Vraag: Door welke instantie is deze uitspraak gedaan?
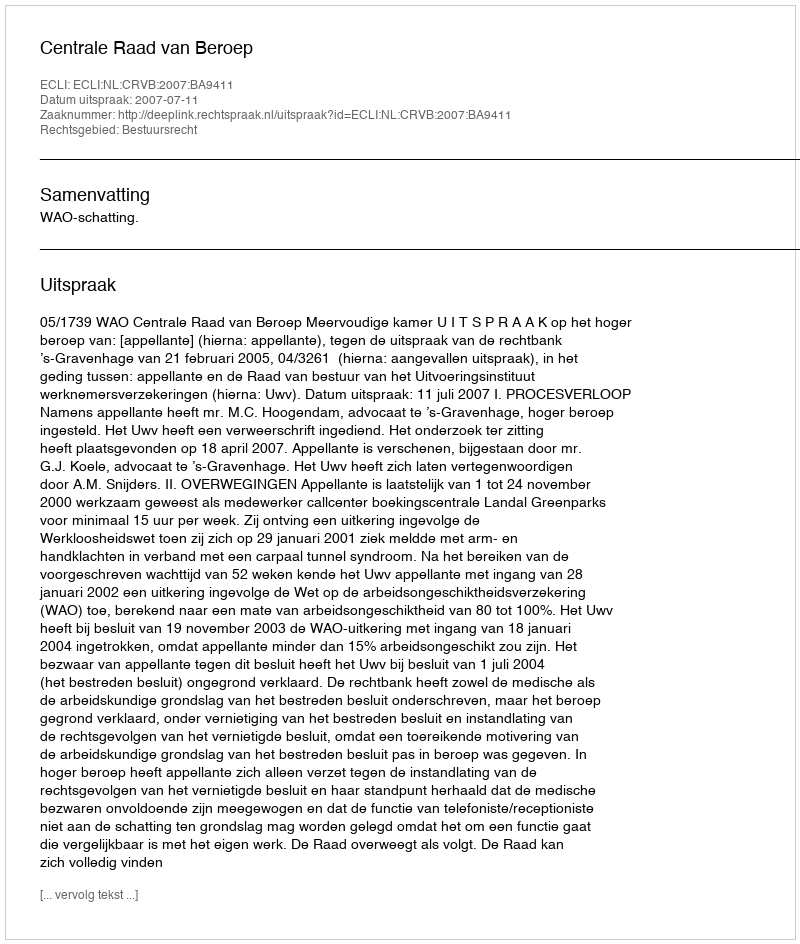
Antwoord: Centrale Raad van Beroep